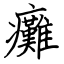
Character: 癱